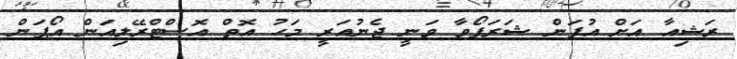
ރަޝިއާ އަށް އުފަން ޝަރަޕޯވާ ވަނީ ޖެނުއަރީ މަހު އޮތް އޮސްޓްރޭލިއަން އޯޕަން